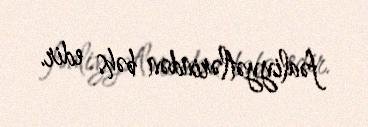
fəaliyyətlərindən bəhs edir.